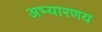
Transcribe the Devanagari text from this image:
अभ्यारणय